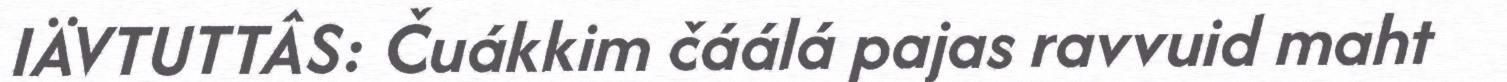
IÄVTUTTÂS: Čuákkim čáálá pajas ravvuid maht